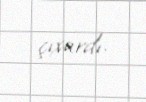
çıxardı.